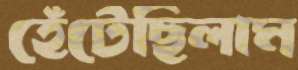
হেঁটেছিলাম